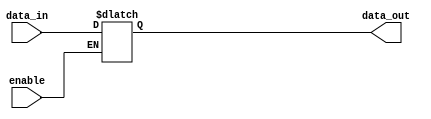
module buffer_with_enable (
    input data_in,
    input enable,
    output reg data_out
);

always @ (data_in, enable)
begin
    if (enable)
        data_out = data_in;
end

endmodule